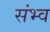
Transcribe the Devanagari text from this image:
संभ्व